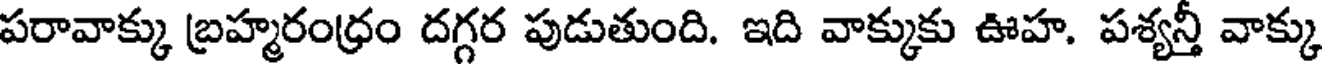
పరావాక్కు బ్రహ్మరంధ్రం దగ్గర పుడుతుంది. ఇది వాక్కుకు ఊహ. పశ్యన్తీ వాక్కు